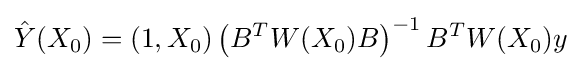
{\hat {Y}}(X_{0})=\left(1,X_{0}\right)\left(B^{T}W(X_{0})B\right)^{-1}B^{T}W(X_{0})y